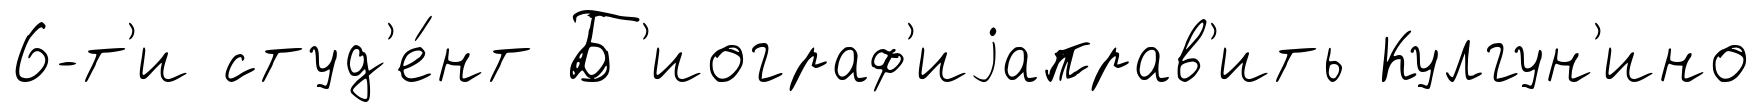
6-т'и студ'е́нт Б'иограф'иjаправ'ить Кулгун'ино